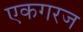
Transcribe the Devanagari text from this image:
एकगरज